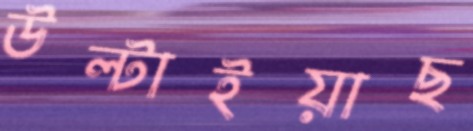
উল্‌টাইয়াছ